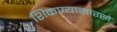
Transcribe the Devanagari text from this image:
शिकण्यासारखे